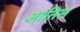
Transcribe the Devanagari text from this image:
आतिल